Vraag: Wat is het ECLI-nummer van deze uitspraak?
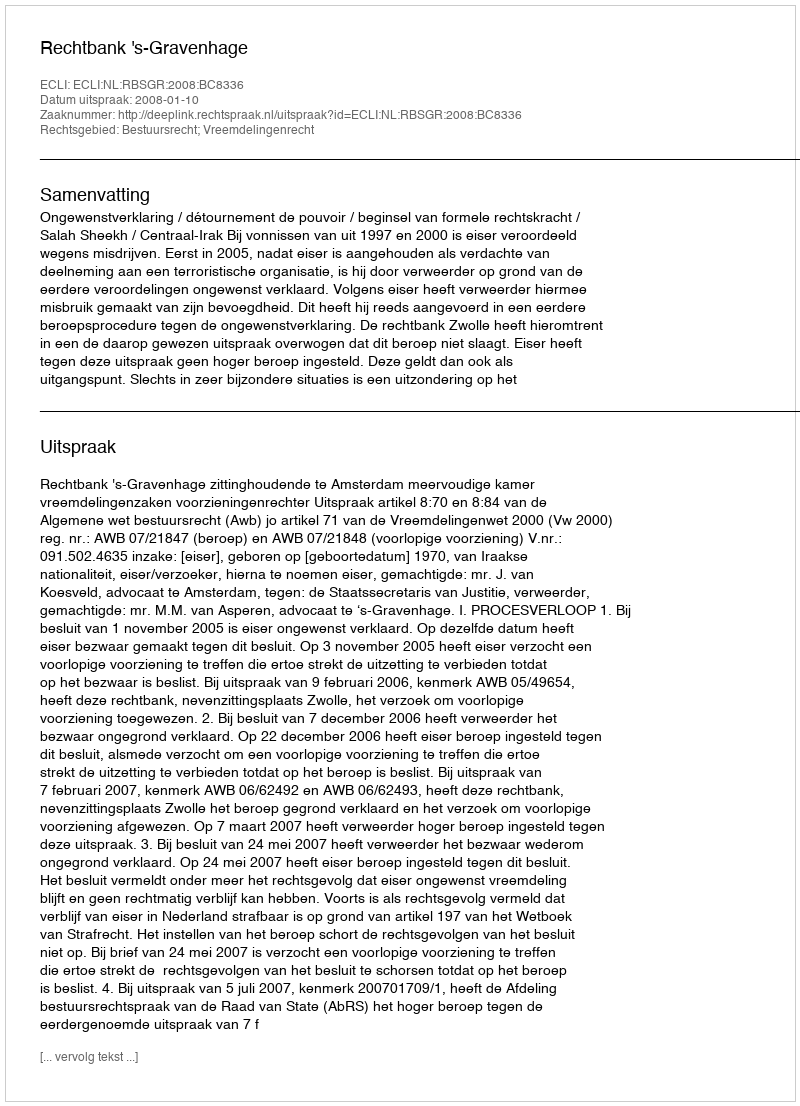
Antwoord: ECLI:NL:RBSGR:2008:BC8336